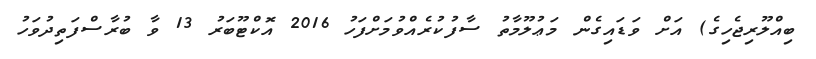
ބިއްލޫރިޖެހިގެ) އަށް ވަޑައިގެން މަޢުލޫމާތު ސާފުކުރެއްވުމަށްފަހު 2016 އޮކްޓޫބަރު 13 ވާ ބުރާސްފަތިދުވަހު